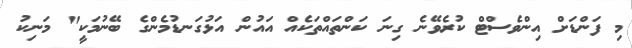
މި ފަންޑަށް އިންވެސްޓް ކުރެވޭނެ ގިނަ ކަންތައްތަކެއް އައުން އަޅުގަނޑުމެންގެ ބޭނުމަކީ" މަނިކު